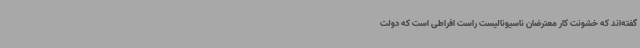
گفته‌اند که خشونت کار معترضان ناسیونالیست راست افراطی است که دولت